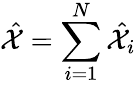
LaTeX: \hat{\mathcal X}=\sum_{i=1}^{N}\hat{\mathcal X}_{i}